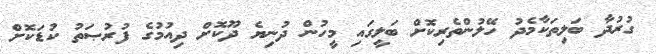
ގުރުދާ ބަލިތަކާމެދު ހޭލުންތެރިކޮށް ބަލީގައި މީހުން ދުނިޔެ ދޫކޮށް ދިއުމުގެ ފުރުޞަތު ކުޑަކޮށް